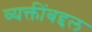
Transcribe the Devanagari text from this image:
व्यक्तींबद्दल